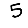
Digit: 5